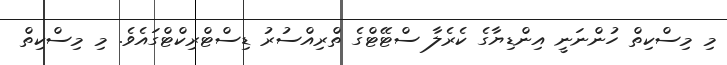
މި މިސްކިތް ހުންނަނީ އިންޑިޔާގެ ކެރެލާ ސްޓޭޓްގެ ތްރިއްސުރު ޑިސްޓްރިކްޓްގައެވެ. މި މިސްކިތް